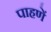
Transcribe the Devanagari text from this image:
पाहणें